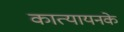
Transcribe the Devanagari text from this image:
कात्यायनके